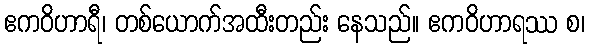
ဧကဝိဟာရီ၊ တစ်ယောက်အထီးတည်း နေသည်။ ဧကဝိဟာရဿ စ၊